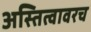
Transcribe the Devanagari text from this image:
अस्तित्वावरच